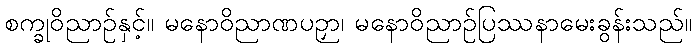
စက္ခုဝိညာဉ်နှင့်။ မနောဝိညာဏပဉှာ၊ မနောဝိညာဉ်ပြဿနာမေးခွန်းသည်။